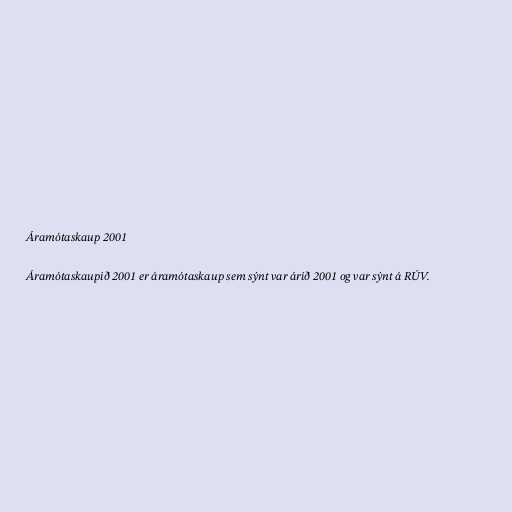
Áramótaskaup 2001

Áramótaskaupið 2001 er áramótaskaup sem sýnt var árið 2001 og var sýnt á RÚV.